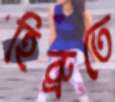
হিব্রুতে